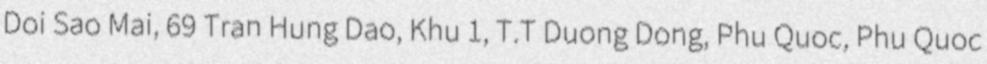
Doi Sao Mai, 69 Tran Hung Dao, Khu 1, T.T Duong Dong, Phu Quoc, Phu Quoc